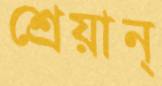
শ্রেয়ান্‌